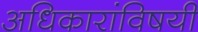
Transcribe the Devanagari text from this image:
अधिकारांविषयी